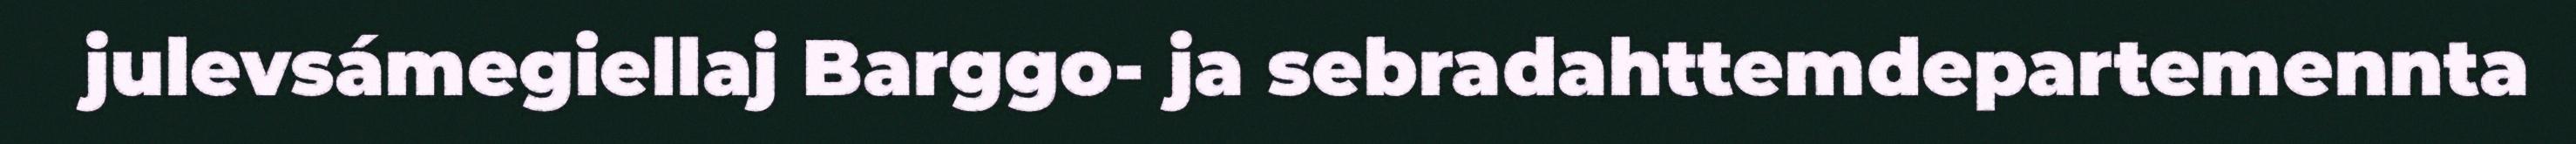
julevsámegiellaj Barggo- ja sebradahttemdepartemennta